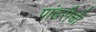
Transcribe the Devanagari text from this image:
पांढरीची